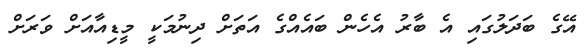
އޭގެ ބަދަލުގައި އެ ބާރު އެހެން ބައެއްގެ އަތަށް ދިނުމަކީ މީޑިއާއަށް ވަރަށް